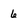
Character: 6